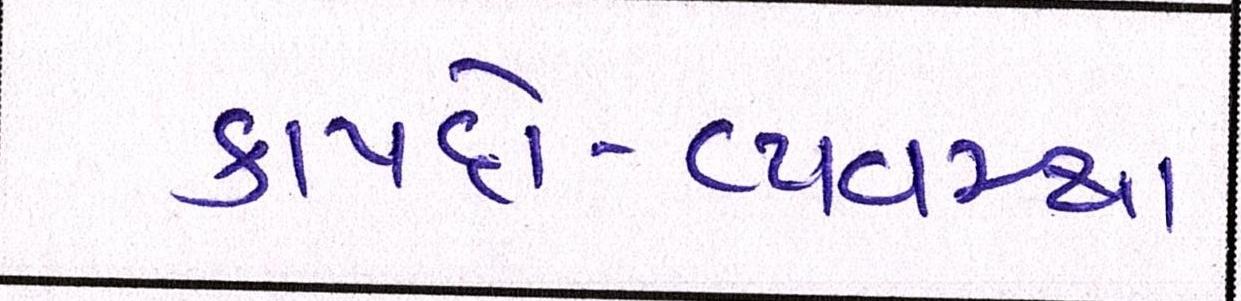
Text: કાયદો-વ્યવસ્થા